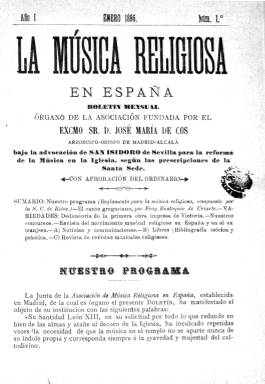
Título: La Música religiosa en España
Colección: Música || Religión
Ámbito geográfico: Madrid
Lugar de publicación: Madrid
Fechas: 01/01/1896-30/06/1899

Esta publicación es un boletín mensual órgano de la asociación fundada por el arzobispo de Madrid-Alcalá, José María de Cos, para la reforma de la música en la Iglesia de acuerdo con las prescripciones de la Santa Sede con el fin de que la música en el templo no se aparte de la gravedad y majestad del culto divino, pero al mismo tiempo para fomentar la participación del pueblo en la liturgia. Son los años en los que el Papa León XIII abre la Iglesia a las preocupaciones del mundo obrero.

  En su primer número, de enero de 1896, el boletín informaba de las reglas generales aprobadas por Roma. Se señalaba que el canto gregoriano o canto llano es el que la Iglesia mira como verdaderamente suyo, aunque admitía también el canto polífono, como también el canto cromático, en las funciones sagradas. En cuanto al uso del órgano, se indicaba que ‘el acompañamiento instrumental debe sostener decorosamente el canto y no ahogarlo’.

   La publicación constaba de 16 páginas, sin ilustraciones, y en la portada de cada número figuraba un breve sumario que daba cuenta del contenido de cada entrega, con secciones fijas como las dedicadas a dar noticia del movimiento musical religioso en España y en el extranjero y la sección de libros, con bibliografía teórica y práctica.

  Curiosamente, este boletín no incluye partituras musicales, salvo en el último número que posee la BNE, correspondiente a junio de 1899, en el que se insertan algunas partituras en las últimas páginas.

   Esta publicación va a ser una de las plataformas para revalorizar la música del gran compositor religioso del Renacimiento español, Tomás Luis de Victoria. Ya en el primer número se incluye la dedicatoria de la primera obra impresa del compositor abulense e incluirá otras en números posteriores.

  También en diferentes entregas, el boletín publicará un estudio bio-bibliográfico destinado a preparar una edición completa de las obras del maestro Victoria. El estudio estará a cargo del gran musicólogo Felipe Pedrell, a quien se debe la consagración del compositor renacentista como un mito de la música religiosa no sólo en España sino en todo el mundo.

[Descripción publicada el 17/08/2022]